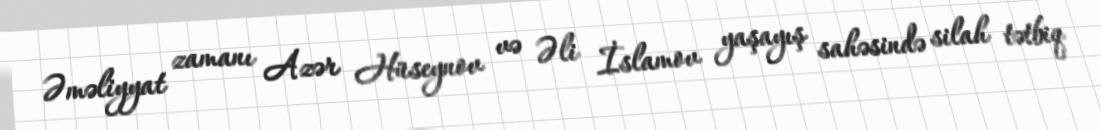
Əməliyyat zamanı Azər Hüseynov və Əli İslamov yaşayış sahəsində silah tətbiq